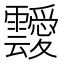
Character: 靉